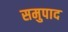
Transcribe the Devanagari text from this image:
समुपाद